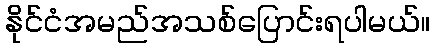
နိုင်ငံအမည်အသစ်ပြောင်းရပါမယ်။